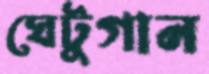
ঘেটুগান